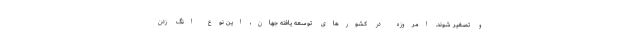
و تصغیر شوند. امروزه در کشورهای توسعه یافته جهان، این نوع انگ زدن